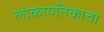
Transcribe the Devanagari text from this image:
लोकायतिकाचा